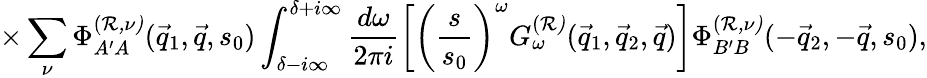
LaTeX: \times\sum_{\nu}\Phi_{A^{\prime}A}^{(\cal R,\nu)}(\vec{q}_{1},\vec{q},s_{0})\int_{\delta-i\infty}^{\delta+i\infty}\frac{d\omega}{2\pi i}\left[\left(\frac{s}{s_{0}}\right)^{\omega}G_{\omega}^{(\cal R)}(\vec{q}_{1},\vec{q}_{2},\vec{q})\right]\Phi_{B^{\prime}B}^{(\cal R,\nu)}(-\vec{q}_{2},-\vec{q},s_{0}),